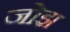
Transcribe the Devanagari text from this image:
जोझ